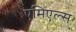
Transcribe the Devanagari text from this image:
एमिएल्स